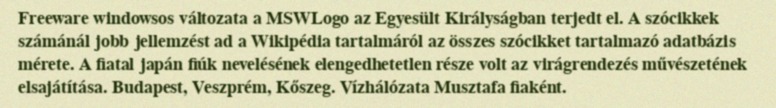
Freeware windowsos változata a MSWLogo az Egyesült Királyságban terjedt el. A szócikkek számánál jobb jellemzést ad a Wikipédia tartalmáról az összes szócikket tartalmazó adatbázis mérete. A fiatal japán fiúk nevelésének elengedhetetlen része volt az virágrendezés művészetének elsajátítása. Budapest, Veszprém, Kőszeg. Vízhálózata Musztafa fiaként.